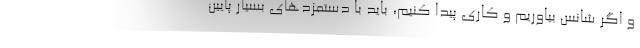
و اگر شانس بیاوریم و کاری پیدا کنیم، باید با دستمزدهای بسیار پایین